Vaccination in Bombay 1869-1873 - 1869-1873
Year: 1869
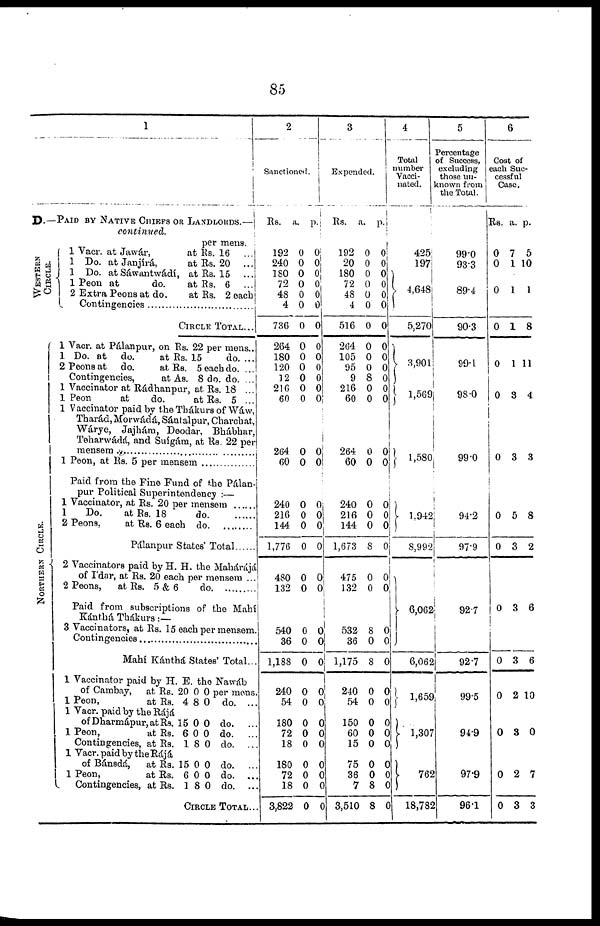
85
1
D.—PAID BY NATIVE CHIEFS OR LANDLORDS.—
continued.
WESTERN
CIRCLE.
NORTHERN CIRCLE.
per mens.
1 Vacr. at Jawar,
at Rs. 16 ...
1 Do. at Janjírá,
at Rs. 20 ...
1 Do. at Sáwantwádi, at Rs. 15 ...
1 Peon at
do.
at Rs. 6 ...
2 Extra Peons at do.
at Rs. 2 each
Contingencies ................
CIRCLE TOTAL...
1 Vacr. at Pálanpur, on Rs. 22 per mens..
1 Do. at do.
at Rs. 15
do. ...
2 Peons at do.
at Rs. 5 each do. ...
Contingencies,
at As. 8 do. do. ...
1 Vaccinator at Rádhanpur, at Rs. 18 ...
1 Peon
at
do.
at Rs. 5 ...
1 Vaccinator paid by the Thákurs of Wáw,
Tharád, Morwádá, Sántalpur, Charchat,
Wárye, Jajhám, Deodar, Bhábhar,
Teharwádá, and Suígám, at Rs. 22 per
mensem ..........................
1 Peon, at Rs. 5 per mensem
Paid from the Fine Fund of the Palan-
pur Political Superintendency :—
1 Vaccinator, at Rs. 20 per mensem
1
Do.
at Rs. 18
do. .......
2 Peons.
at Rs. 6 each
do. .......
Palanpur States' Total
2 Vaccinators paid by H. H. the Mahárájá
of I'dar, at Rs. 20 each per mensem ...
2 Peons, at Rs. 5 & 6
do. ........
Paid from subscriptions of the Mahí
Kánthá Thákurs :—
3 Vaccinators, at Rs. 15 each per mensem.
Contingencies ..........................
Mahí Kánthá States' Total..
1 Vaccinator paid by H. E. the Nawáb
of Cambay, at Rs. 20 0 0 per mens
1 Peon,
at Rs. 4 8 0 do. ..
1 Vacr. paid by the Rájá
of Dharmápur,at Rs. 15 0 0 do.
1 Peon,
at Rs. 6 0 0 do.
Contingencies, at Rs. 1 8 0 do.
1 Vacr. paid by the Rájá
of Bánsdá, at Rs. 15 0 0 do. ..
1 Peon,
at Rs. 6 0 0 do. ..
1
Contingencies, at Rs. 1 8 0 do. ...
CIRCLE TOTAL...
2
Sanctioned.
Rs.
192
240
180
72
48
4
736
264
180
120
12
216
60
264
60
240
216
144
1,776
480
132
540
36
1,188
240
54
180
72
18
180
72
18
3,822
a.
0
0
0
0
0
0
0
0
0
0
0
0
0
0
0
0
0
0
0
0
0
0
0
0
0
0
0
0
0
0
0
0
0
p.
0
0
0
0 0
0
0
0
0
0
0
0
0
0
0
0 0
0
0
0
0
0 0
0
1
0
0
0
0
0
0
0
0
3
Expended.
Rs.
192
20
180
72
48
4
516
264
105
95
9
216
60
264
60
240
216
144
1,673
475
132
532
36
1,175
240
54
150
60
15
75
36
7
3,510
a.
0
0
0
0
0
0
0
0
0
0
8
0
0
0
0
0
0
0
8
0
0
8
0
8
0
0
0
0
0
0
0
8
8
p.
0
0 0 0
0
0
0
0
0
0
0
0
0
0
0
0 0
0
0
0
0
0 0
0
0
0
0
0
0
0
0
0
0
4
Total
number
Vacci-
nated.
425
197
4,648
5,270
3,901
1,569
1,580
1,942
8,992
6,062
6,062
1,659
1,307
762
18,785
5
Percentage
of Success,
excluding
those un¬
known from
the Total.
99.0
93.3
89.4
90.3
99.1
98.0
99.0
94.2
97.9
92.7
92.7
99.5
94.9
97.9
96.1
6
Cost of
each Suc-
cessful
Case.
Rs.
0
0
0
0
0
0
0
0
0
0
0
0
0
0
0
a.
7
1
1
1
1
3
3
5
3
3
3
2
3
2
3
p.
5
10
1
8
11
4
3
8
2
6
6
10
0
7
3